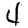
Digit: 4